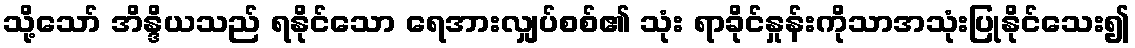
သို့သော် အိန္ဒိယသည် ရနိုင်သော ရေအားလျှပ်စစ်၏ သုံး ရာခိုင်နှုန်းကိုသာအသုံးပြုနိုင်သေး၍